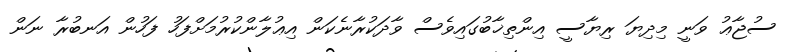
ސުޖާޢު ވަނީ މިދިޔަ ރިޔާސީ އިންތިޚާބުގައިވެސް ވާދަކުރާނެކަން އިޢުލާންކުރުމަށްފަހު ފަހުން އަނބުރާ ނަން